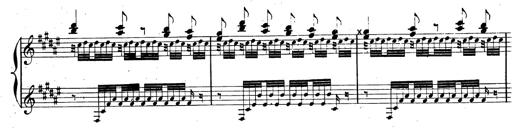
Title: AnnÃ©es de pÃ¨lerinage II, SupplÃ©ment
Composer: Franz Liszt